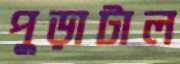
পুড়াটাল